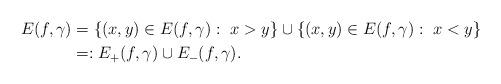
LaTeX: \begin{align*}E(f,\gamma)&=\left\{(x,y)\in E(f,\gamma):\ x>y\right\}\cup\left\{(x,y)\in E(f,\gamma):\ x<y\right\}\\&=:E_+(f,\gamma)\cup E_-(f,\gamma).\end{align*}